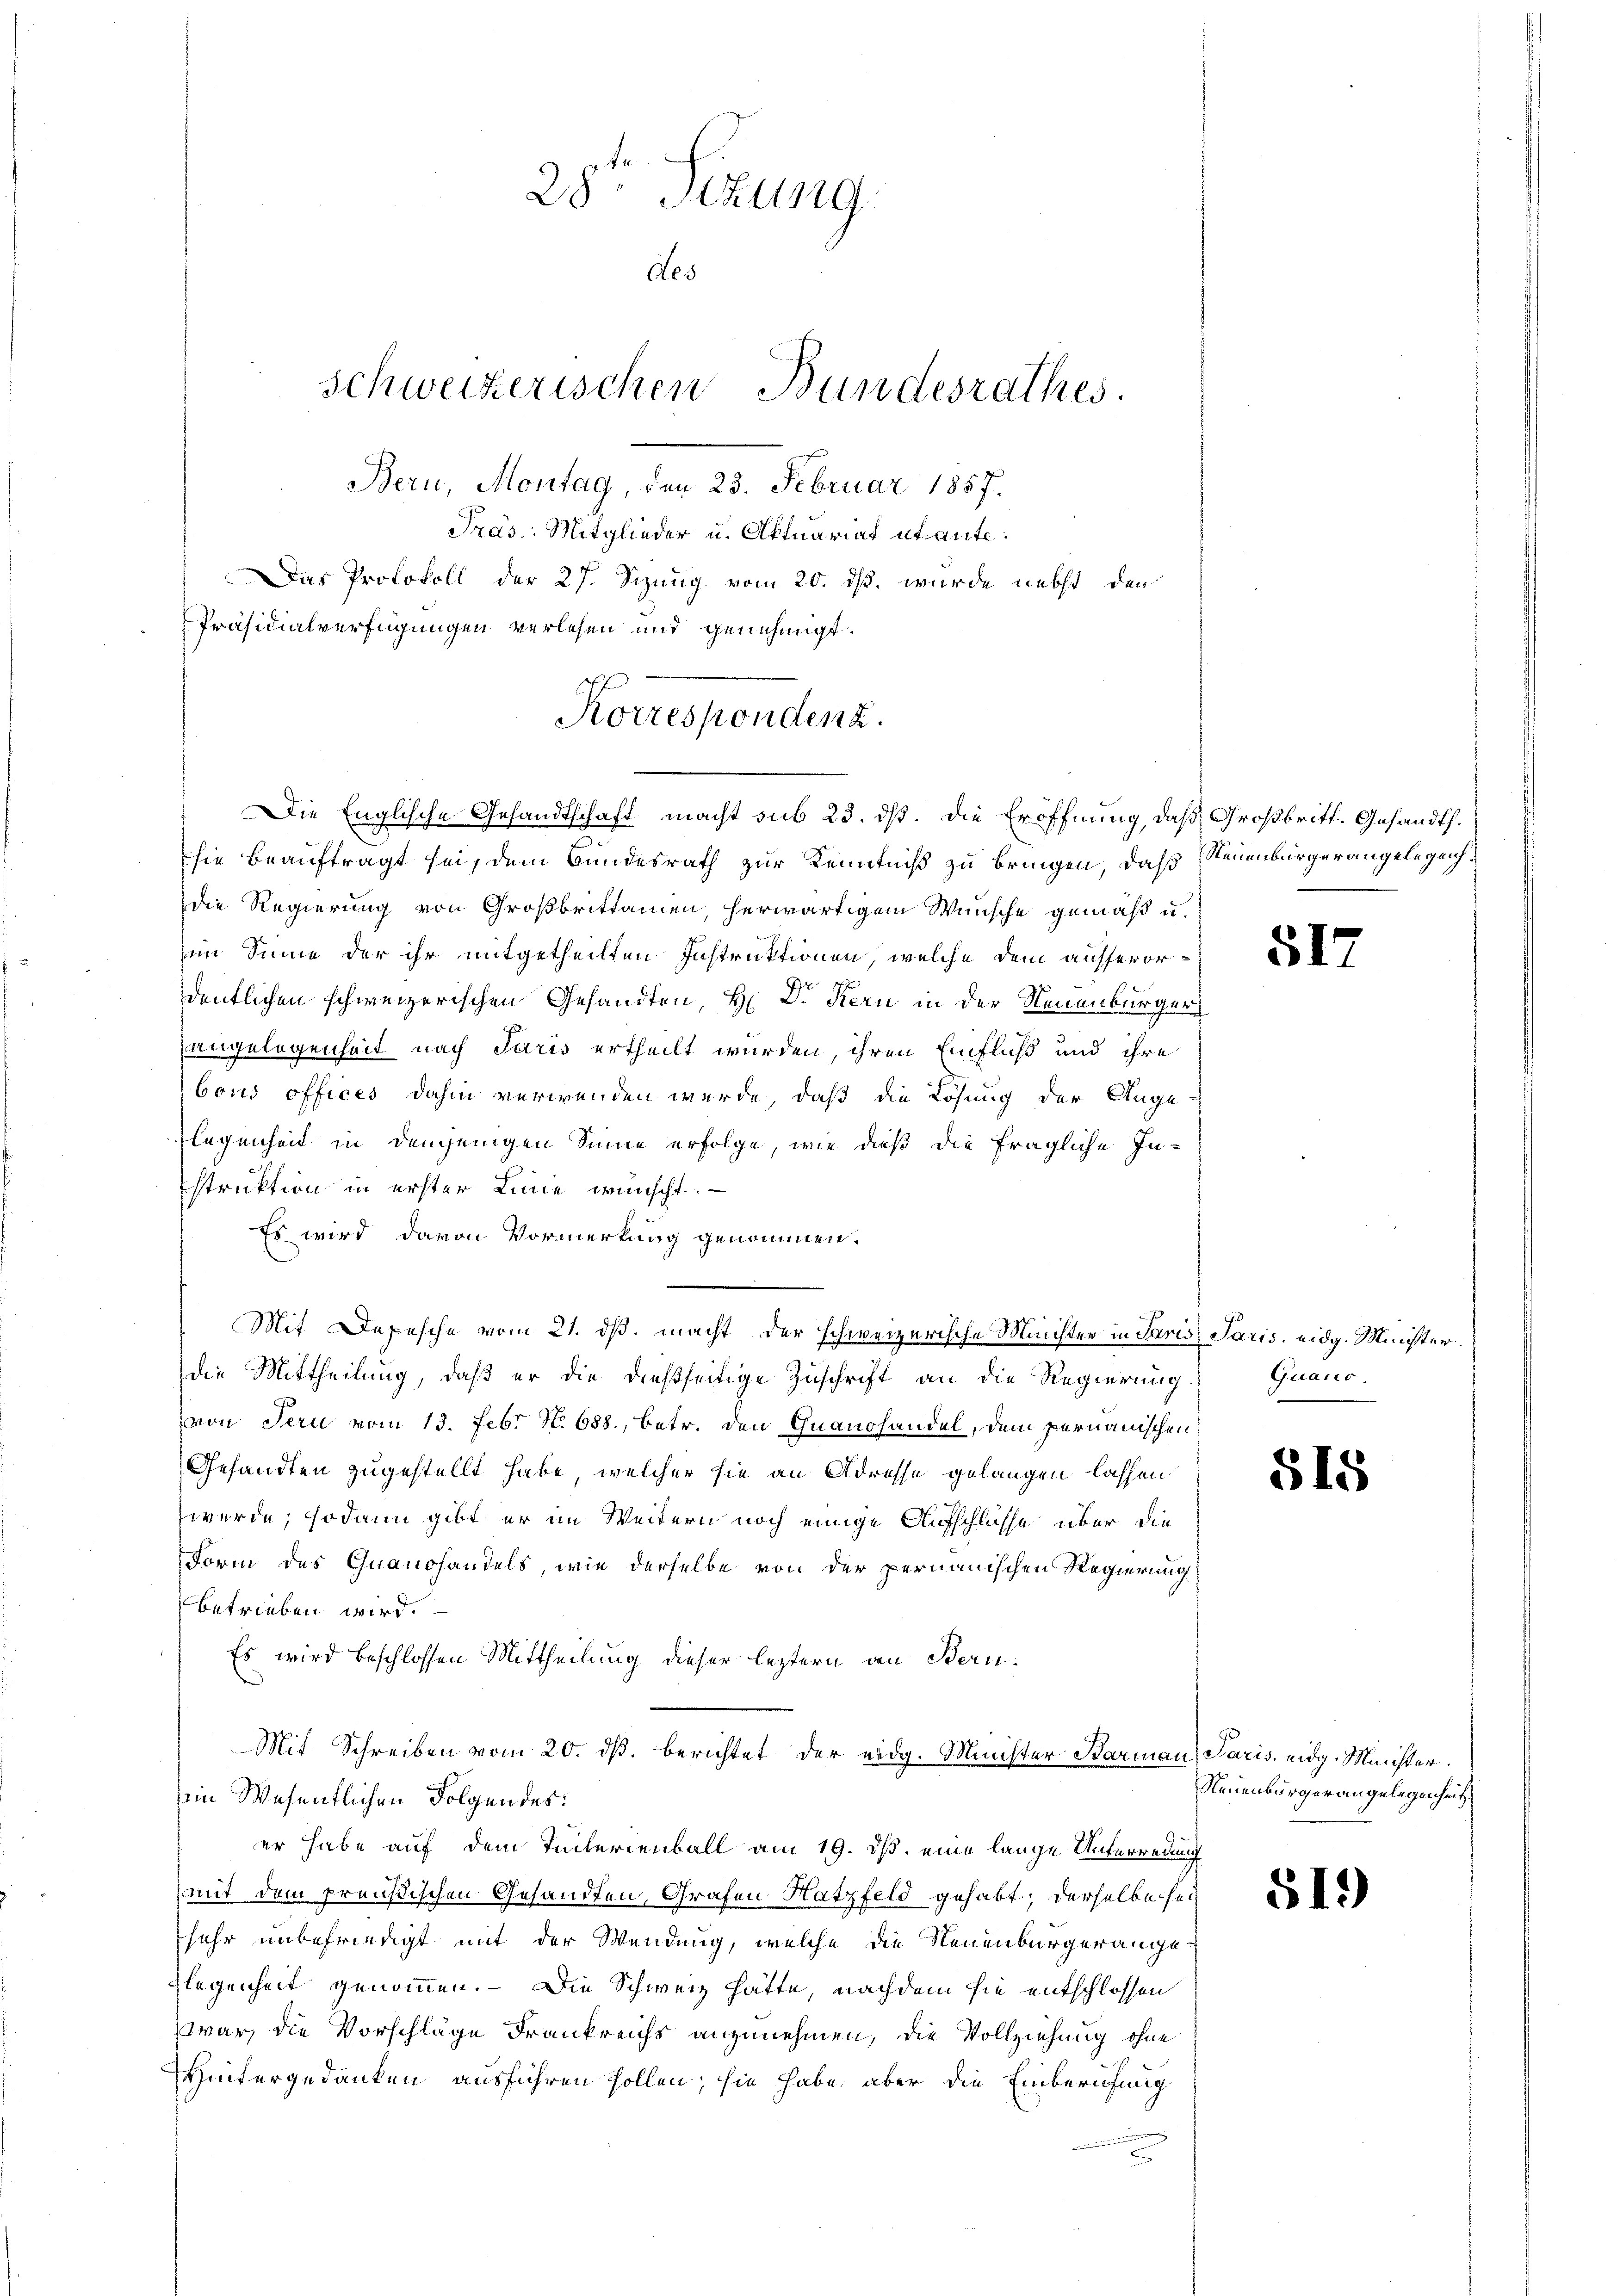
Korrespondenz.
Die Englische Gesandtschaft macht sub 23. dß. Die Eröffnung, daß Großbritt. Gesandts.

28. Sizung
des
Schweizerischen Bundesrathes.
Bern, Montag, den 23. Februar 1857.

sie beauftragt sei, dem Bundesrath zur Kenntniß zu bringen, daß Steuenburger angelegen
die Regierung von Großbrittamen, herwärtigem Wunsche gemäß u.
im Sinne der ihr mitgetheilten Instruktionen, welche dem ausserordentlichen schweizerischen Gesandten, H. Dr. Kern in der Neuenburger
angelegenheit nach Paris ertheilt wurden, ihren Einfluß und ihre
bons offices dahin verwenden werde, daß die Lösung der Ange¬
Flegenheit in denjenigen Sinne erfolge, wie dieß die fragliche In-
struktion in erster Linie wünscht.
Es wird davon Vormerkung genommen.
Mit Depesche vom 21. ds. macht der schweizerische Minister in Paris Paris, eidg. Minister.
die Mittheilung, daß er die dießseitige Zuschrift an die Regierung
von Seri vom 13. Febr N. 688., betr. den Quanshandel, dem pernauischen
Gesandten zugestellt habe, welcher sie an Adresse gelangen lassen
zwerde; sodann gibt er im Weitern noch einige Aufschlüsse über die
Form des Quandhandels, wie derselbe von der permanischen Regierung
betrieben wird.
Es wird beschlossen Mittheilung dieser leztern den Bern¬
Mit Schreiben vom 20. ds. berichtet der eidg. Minister Barmann Paris eidg. Minister.
ein Wesentlichen Folgendes:
er habe auf dem Tunterienball am 19. ds. eine lange Unterredung
mit dem preußischen Gesandten, Grafen Hatzfeld gehabt, derselbe sei
sehr unbefriedigt mit der Wendung, welche die Neuenburgerange¬
Flegenheit genommen. — Die Schweiz hätte, nachdem sie entschlossen
war, die Vorschläge Frankreichs anzunehmen, die Vollziehung ohne
Hintergedanken ausführen sollen; sie habe, aber die Einberufung

Präs. Mitglieder u. Aktuariat etaute.
Das Protokoll der 27. Sizung vom 20. ds. wurde nebst den
Präsidialverfügungen verlesen und genehmigt.

51.

Quano.

515

Neuenbürger angelegenheit.

51.)